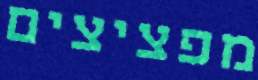
מפציצים